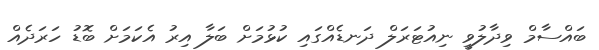
ބައްސާމް ވިދާލުވީ ނިއުޓަރަލް ދަނޑެއްގައި ކުޅުމަށް ބަލާ އިރު އެކަމަށް ބޮޑު ހަރަދެއް